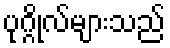
ပုဂ္ဂိုလ်များသည်